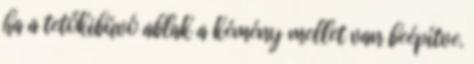
ha a tetőkibúvó ablak a kémény mellet van beépítve.